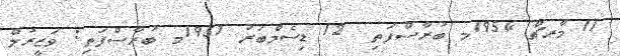
11 މާރޗް 1954މ ބުރާސްފަތި  12 ޑިސެމްބަރު 1957މ ބުރާސްފަތި: ވަޒީރުލް